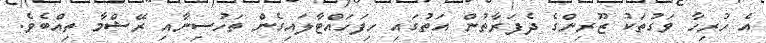
އެ ހުރިހާ ވަގުތަކު ޒޫރިންގެ ދެފަރާތުން އަތުގައި ހިފަހައްޓާލައިގެން ތަހުސިނާއި ރޭޝްމާ ތިއްބެވެ.